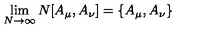
\lim _ { N \rightarrow \infty } N [ A _ { \mu } , A _ { \nu } ] = \{ A _ { \mu } , A _ { \nu } \}